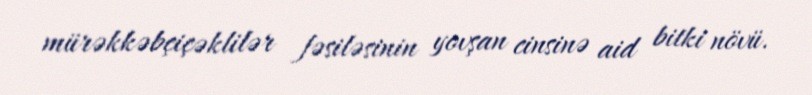
mürəkkəbçiçəklilər fəsiləsinin yovşan cinsinə aid bitki növü.